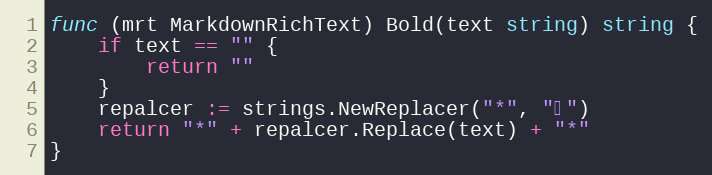
Language: Go
func (mrt MarkdownRichText) Bold(text string) string {
	if text == "" {
		return ""
	}
	repalcer := strings.NewReplacer("*", "∗")
	return "*" + repalcer.Replace(text) + "*"
}